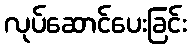
လုပ်ဆောင်ပေးခြင်း